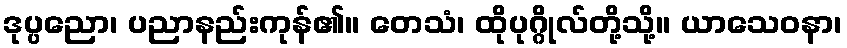
ဒုပ္ပညော၊ ပညာနည်းကုန်၏။ တေသံ၊ ထိုပုဂ္ဂိုလ်တို့သို့။ ယာသေဝနာ၊